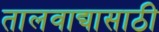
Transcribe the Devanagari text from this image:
तालवाद्यासाठी